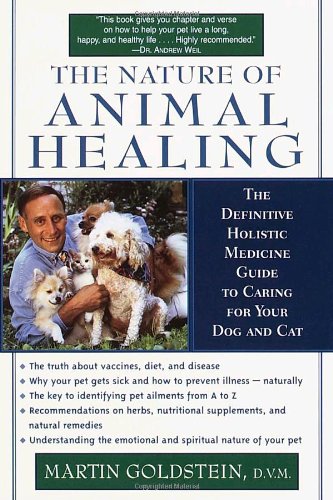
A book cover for The Nature of Animal Healing : The Definitive Holistic Medicine Guide to Caring for Your Dog and Cat; Martin Goldstein D.V.M.; Crafts, Hobbies & Home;